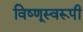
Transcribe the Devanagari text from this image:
विष्णूस्वरूपी